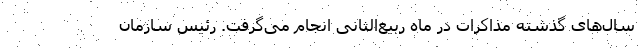
سال‌های گذشته مذاکرات در ماه ربیع‌الثانی انجام می‌گرفت. رئیس سازمان